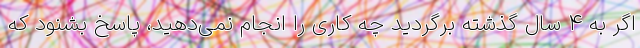
اگر به 4 سال گذشته برگردید چه کاری را انجام نمی‌دهید، پاسخ بشنود که